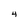
Character: 4